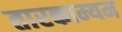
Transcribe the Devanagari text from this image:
तारकाम्यम